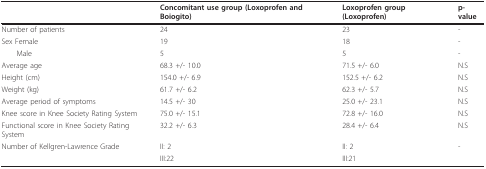
<table><thead><tr><td>[EMPTY_CELL]</td><td><b>Concomitant use group (Loxoprofen and Boiogito)</b></td><td><b>Loxoprofen group (Loxoprofen)</b></td><td><b>p-value</b></td></tr></thead><tbody><tr><td>Number of patients</td><td>24</td><td>23</td><td>-</td></tr><tr><td>Sex Female</td><td>19</td><td>18</td><td>-</td></tr><tr><td> Male</td><td>5</td><td>5</td><td>-</td></tr><tr><td>Average age</td><td>68.3 +/- 10.0</td><td>71.5 +/- 6.0</td><td>N.S</td></tr><tr><td>Height (cm)</td><td>154.0 +/- 6.9</td><td>152.5 +/- 6.2</td><td>N.S</td></tr><tr><td>Weight (kg)</td><td>61.7 +/- 6.2</td><td>62.3 +/- 5.7</td><td>N.S</td></tr><tr><td>Average period of symptoms</td><td>14.5 +/- 30</td><td>25.0 +/- 23.1</td><td>N.S</td></tr><tr><td>Knee score in Knee Society Rating System</td><td>75.0 +/- 15.1</td><td>72.8 +/- 16.0</td><td>N.S</td></tr><tr><td>Functional score in Knee Society Rating System</td><td>32.2 +/- 6.3</td><td>28.4 +/- 6.4</td><td>N.S</td></tr><tr><td>Number of Kellgren-Lawrence Grade</td><td>II: 2</td><td>II: 2</td><td>-</td></tr><tr><td>[EMPTY_CELL]</td><td>III:22</td><td>III:21</td><td>[EMPTY_CELL]</td></tr></tbody></table>